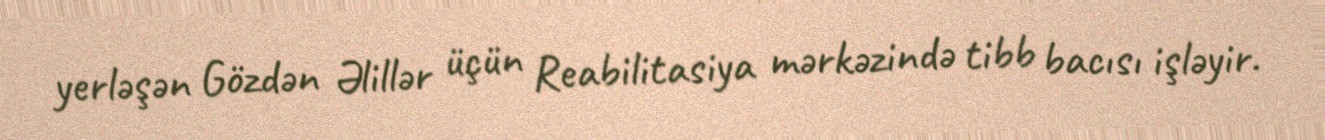
yerləşən Gözdən Əlillər üçün Reabilitasiya mərkəzində tibb bacısı işləyir.